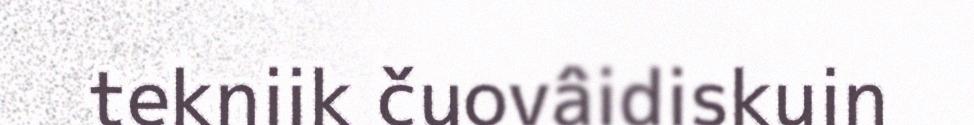
tekniik čuovâidiskuin